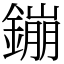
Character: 鏰